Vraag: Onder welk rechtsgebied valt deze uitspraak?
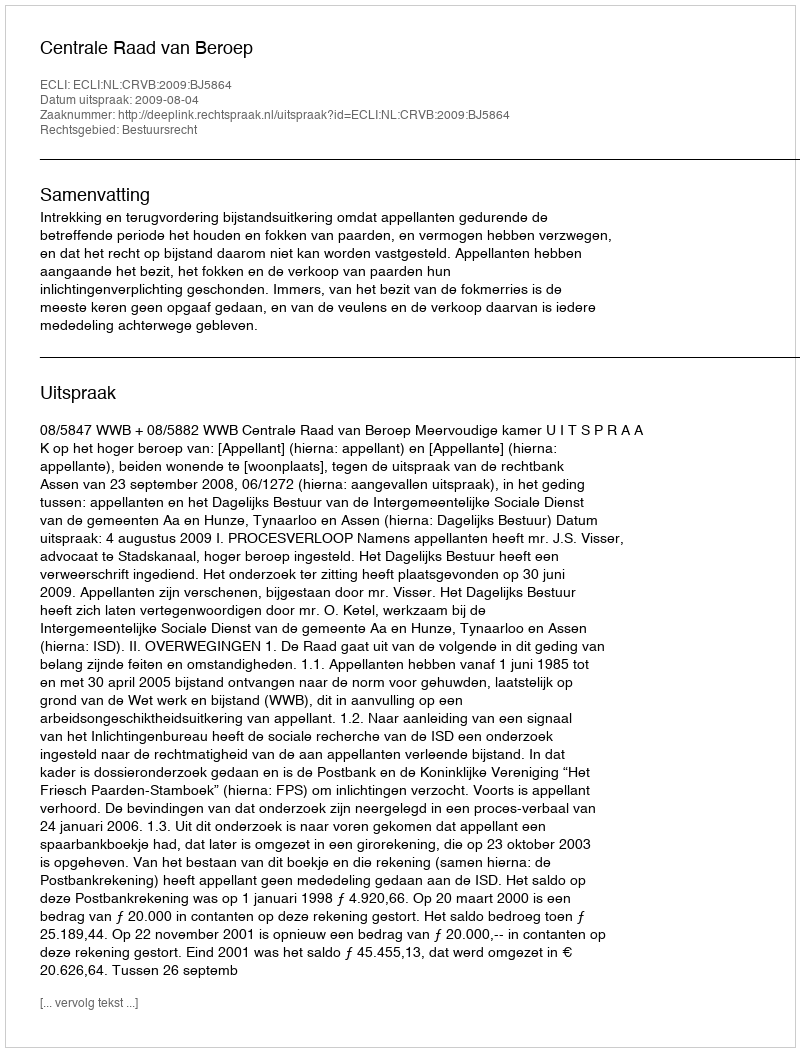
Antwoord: Bestuursrecht